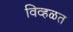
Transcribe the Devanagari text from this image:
विव्हळत